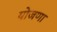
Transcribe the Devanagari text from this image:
योजणा